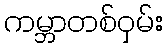
ကမ္ဘာတစ်ဝှမ်း